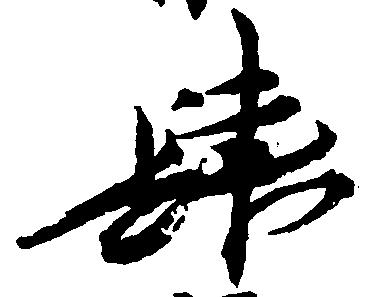
肆